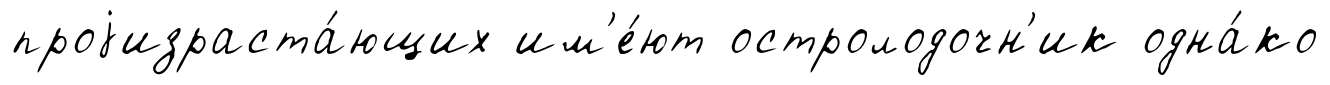
проjизраста́ющих им'е́ют остролодочн'ик одна́ко